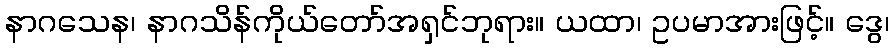
နာဂသေန၊ နာဂသိန်ကိုယ်တော်အရှင်ဘုရား။ ယထာ၊ ဥပမာအားဖြင့်။ ဒွေ၊